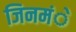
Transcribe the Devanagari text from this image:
जिनमंे